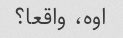
اوه، واقعا؟